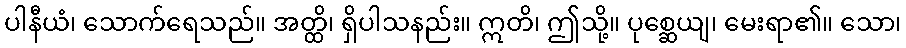
ပါနီယံ၊ သောက်ရေသည်။ အတ္ထိ၊ ရှိပါသနည်း။ ဣတိ၊ ဤသို့။ ပုစ္ဆေယျ၊ မေးရာ၏။ သော၊